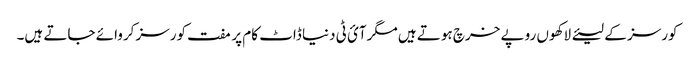
کورسز کے لیئے لاکھوں روپے خرچ ہوتے ہیں مگرآئ ٹی دنیا ڈاٹ کام پر مفت کورسز کروائے جاتے ہیں۔